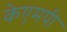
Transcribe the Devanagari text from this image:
केएमपी